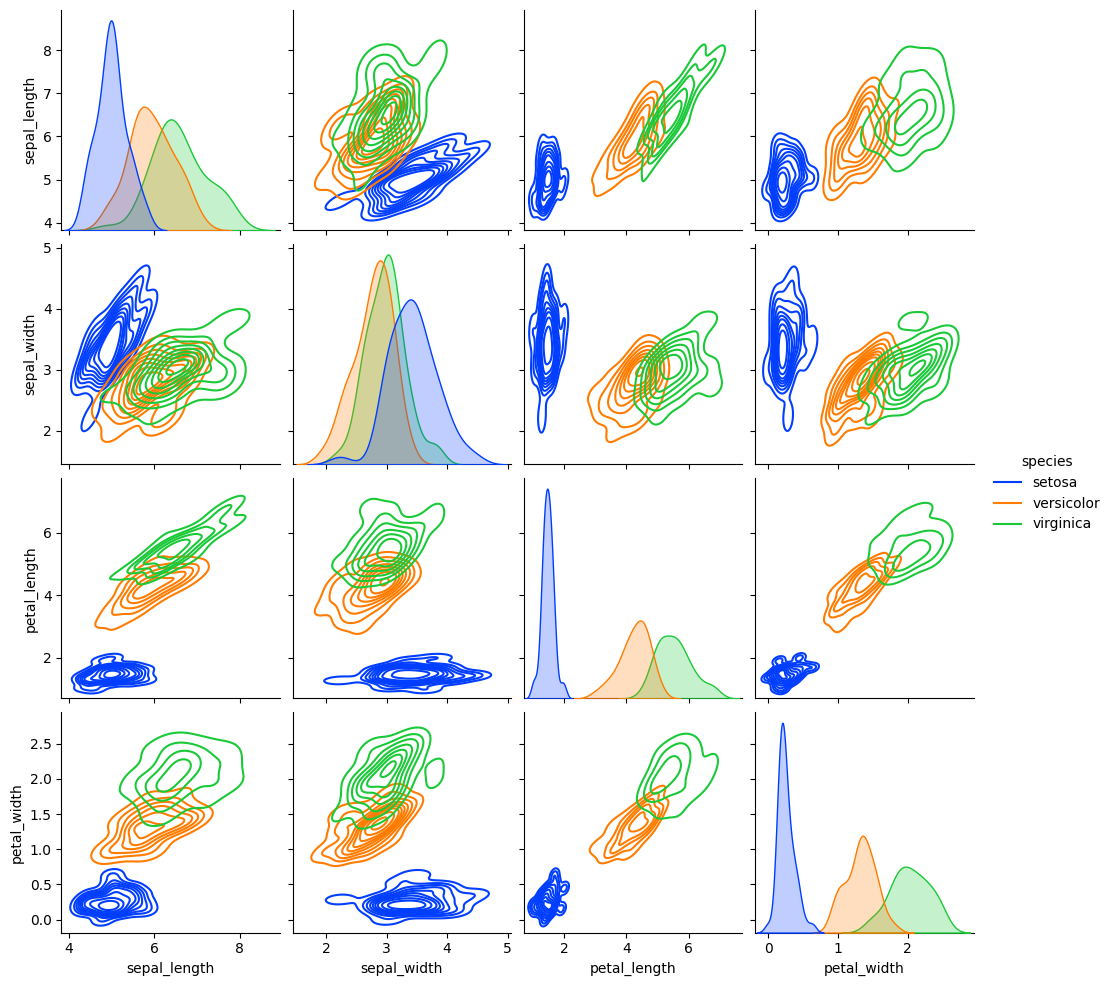
python, seaborn, pairplot, palette='bright', markers=['o', 's', 'D'], kind='kde', diag_kind='auto'